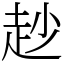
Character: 赻